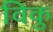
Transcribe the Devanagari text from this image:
विकु